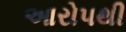
આરોપથી